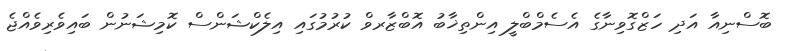
ބޮސްނިއާ އަދި ހަޒްގޮވިނާގެ އެސެމްބްލީ އިންތިޚާބު އޮބްޒާރވް ކުރުމުގައި އިލެކްޝަންސް ކޮމިޝަނުން ބައިވެރިވެއްޖެ